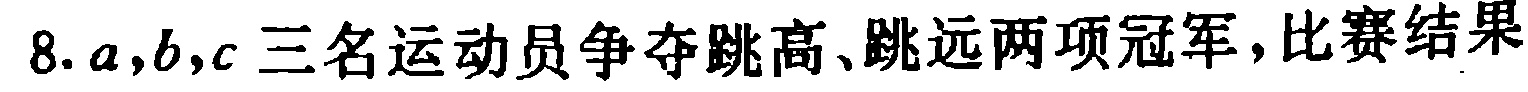
8. \(a,b,c\)三名运动员争夺跳高、跳远两项冠军，比赛结果